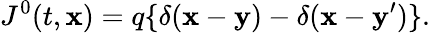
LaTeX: J^{0}(t,\mathbf{x})=q\{ \delta(\mathbf{x}-\mathbf{y})-\delta(\mathbf{x}-\mathbf{y}^{\prime})\} .